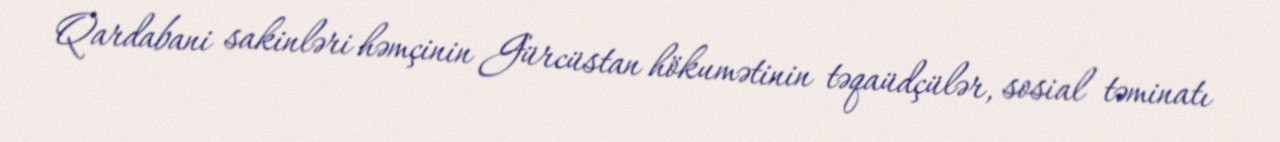
Qardabani sakinləri həmçinin Gürcüstan hökumətinin təqaüdçülər, sosial təminatı